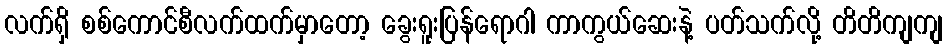
လက်ရှိ စစ်ကောင်စီလက်ထက်မှာတော့ ခွေးရူးပြန်ရောဂါ ကာကွယ်ဆေးနဲ့ ပတ်သက်လို့ တိတိကျကျ